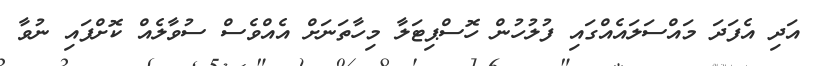
އަދި އެފަދަ މައްސަލައެއްގައި ފުލުހުން ހޮސްޕިޓަލާ މިހާތަނަށް އެއްވެސް ސުވާލެއް ކޮށްފައި ނުވާ